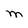
Character: M